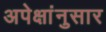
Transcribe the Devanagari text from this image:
अपेक्षांनुसार